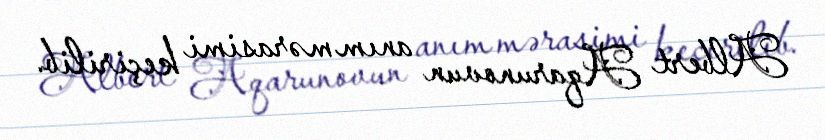
Albert Aqarunovun anım mərasimi keçirilib.